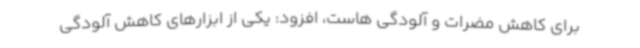
برای کاهش مضرات و آلودگی هاست، افزود: یکی از ابزارهای کاهش آلودگی